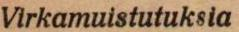
Virkamuistutuksia